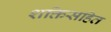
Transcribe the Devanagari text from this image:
शक्तिसहित